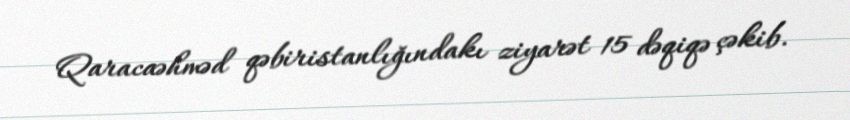
Qaracaəhməd qəbiristanlığındakı ziyarət 15 dəqiqə çəkib.